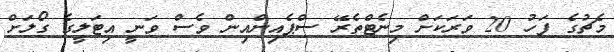
މެޗުގެ ފަހު 20 ވަރަކަށް މިނެޓްތެރޭ ސްޕެއިންއިން ވެސް ވަނީ އިޓަލީގެ ގޯލަށް